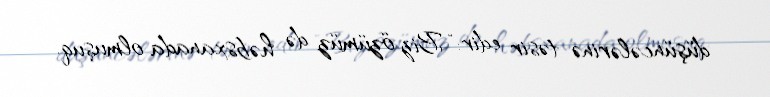
düşüncələrinə təsir edir: “Biz özümüz də həbsxanada olmuşuq.